Scientific memoirs by medical officers of the Army of India - Part IV,
Year: 1889
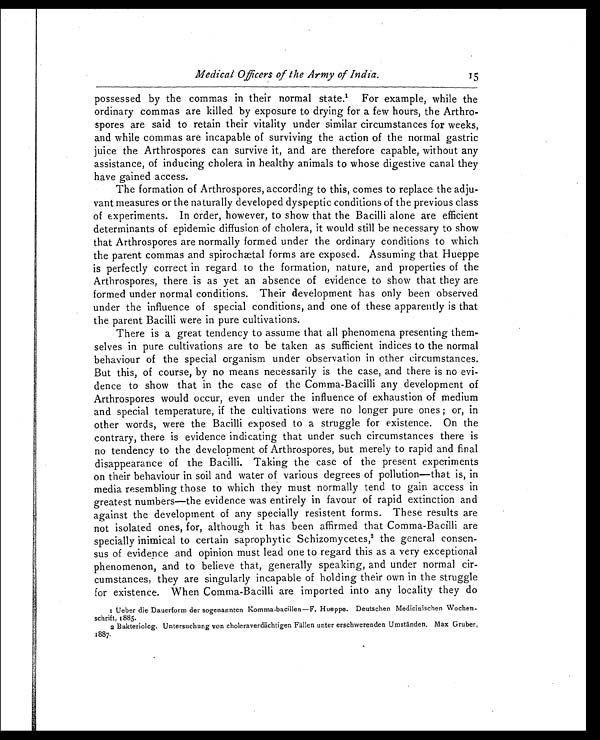
Medical Officers of the Army of India.
15
possessed by the commas in their normal state.1 For example, while the
ordinary commas are killed by exposure to drying for a few hours, the Arthro-
spores are said to retain their vitality under similar circumstances for weeks,
and while commas are incapable of surviving the action of the normal gastric
juice the Arthrospores can survive it, and are therefore capable, without any
assistance, of inducing cholera in healthy animals to whose digestive canal they
have gained access.
The formation of Arthrospores, according to this, comes to replace the adju-
vant measures or the naturally developed dyspeptic conditions of the previous class
of experiments. In order, however, to show that the Bacilli alone are efficient
determinants of epidemic diffusion of cholera, it would still be necessary to show
that Arthrospores are normally formed under the ordinary conditions to which
the parent commas and spirochtal forms are exposed. Assuming that Hueppe
is perfectly correct in regard to the formation, nature, and properties of the
Arthrospores, there is as yet an absence of evidence to show that they are
formed under normal conditions. Their development has only been observed
under the influence of special conditions, and one of these apparently is that
the parent Bacilli were in pure cultivations.
There is a great tendency to assume that all phenomena presenting them-
selves in pure cultivations are to be taken as sufficient indices to the normal
behaviour of the special organism under observation in other circumstances.
But this, of course, by no means necessarily is the case, and there is no evi-
dence to show that in the case of the Comma-Bacilli any development of
Arthrospores would occur, even under the influence of exhaustion of medium
and special temperature, if the cultivations were no longer pure ones; or, in
other words, were the Bacilli exposed to a struggle for existence. On the
contrary, there is evidence indicating that under such circumstances there is
no tendency to the development of Arthrospores, but merely to rapid and final
disappearance of the Bacilli. Taking the case of the present experiments
on their behaviour in soil and water of various degrees of pollution—that is, in
media resembling those to which they must normally tend to gain access in
greatest numbers—the evidence was entirely in favour of rapid extinction and
against the development of any specially resistent forms. These results are
not isolated ones, for, although it has been affirmed that Comma-Bacilli are
specially inimical to certain saprophytic Schizomycetes, 2 the general consen-
sus of evidence and opinion must lead one to regard this as a very exceptional
phenomenon, and to believe that, generally speaking, and under normal cir-
cumstances, they are singularly incapable of holding their own in the struggle
for existence. When Comma-Bacilli are imported into any locality they do
1 Ueber die Dauerform der sogenannten Komma-bacillen—F. Hueppe. Deutschen Medicinischen Wochen.
schrift, 1885.
2Bakteriolog. Untersuchung von choleraverdächtigen Fällen unter erschwerenden Umständen. Max Gruber,
1887.